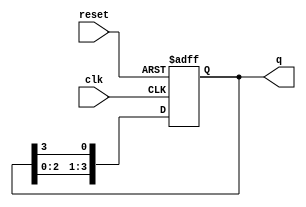
module binary_ring_counter (
    input wire clk,       // Clock input
    input wire reset,     // Reset input
    output reg [N-1:0] q // Output of the counter
);
    parameter N = 4; // Number of flip-flops (adjust as needed)

    // Initial state
    initial begin
        q = 1; // Initialize with a single '1' in the least significant bit
    end

    always @(posedge clk or posedge reset) begin
        if (reset) begin
            q <= 1; // Reset to initial state
        end else begin
            q <= {q[N-2:0], q[N-1]}; // Shift the '1' to the left
        end
    end
endmodule